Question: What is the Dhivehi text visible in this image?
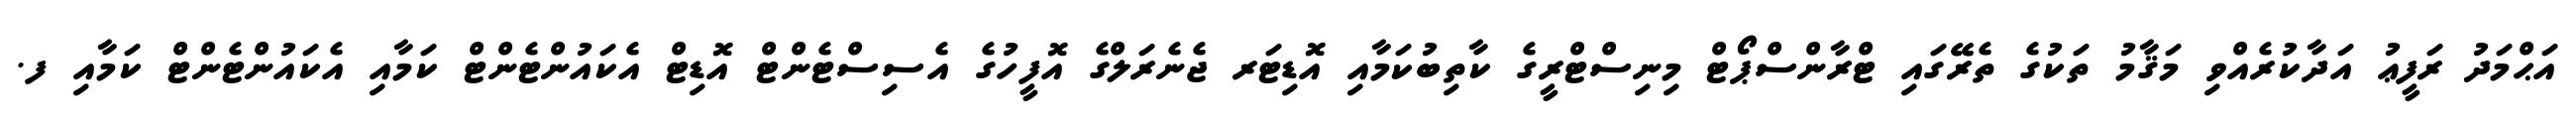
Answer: އަޙްމަދު ރަފީޢު އަދާކުރެއްވި މަޤާމު ތަކުގެ ތެރޭގައި ޓްރާންސްޕޯޓް މިނިސްޓްރީގެ ކާތިބުކަމާއި އޮޑިޓަރ ޖެނެރަލްގެ އޮފީހުގެ އެސިސްޓެންޓް އޮޑިޓް އެކައުންޓެންޓް ކަމާއި އެކައުންޓެންޓް ކަމާއި ފ.